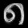
Digit: ၈